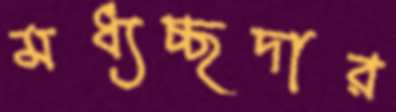
মধ্যচ্ছদার